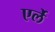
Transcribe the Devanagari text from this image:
एर्ले